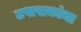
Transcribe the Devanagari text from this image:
उपासकांचा